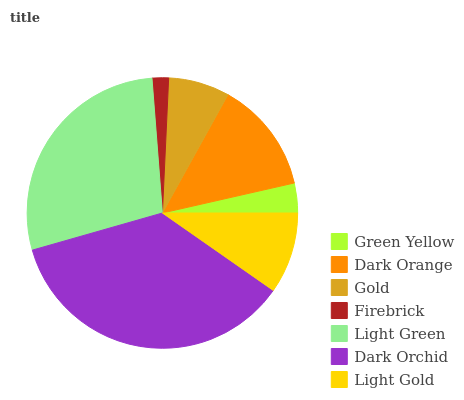
| Green Yellow | Dark Orange | Gold | Firebrick | Light Green | Dark Orchid | Light Gold |
 | --- | --- | --- | --- | --- | --- | --- |
 | 3.55% | 13.4% | 7.31% | 1.96% | 28.2% | 35.8% | 9.72% |